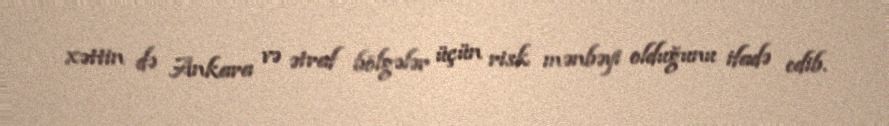
xəttin də Ankara və ətraf bölgələr üçün risk mənbəyi olduğunu ifadə edib.